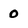
Character: 0